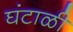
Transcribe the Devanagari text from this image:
घंटाळी